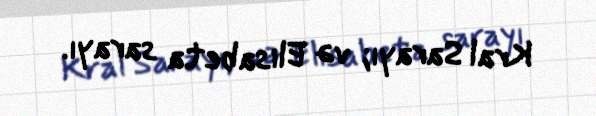
Kral Sarayı; və Elisabeta sarayı.